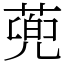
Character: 蔸